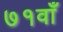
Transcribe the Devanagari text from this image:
७१वाँ